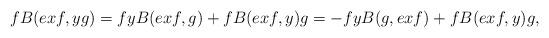
LaTeX: \begin{align*}fB(exf,yg)&=fyB(exf,g)+fB(exf,y)g=-fyB(g,exf)+fB(exf,y)g,\end{align*}